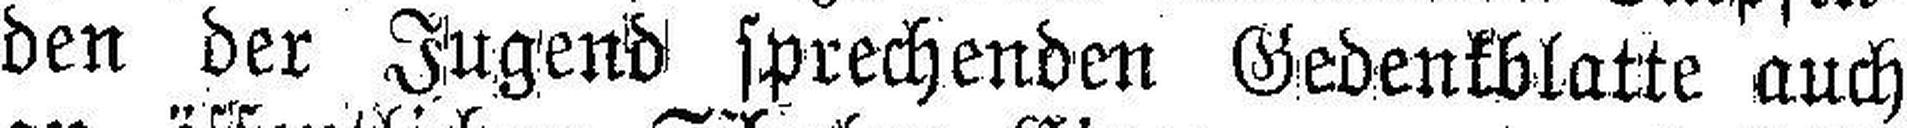
den der Jugend sprechenden Gedenkblatte auch